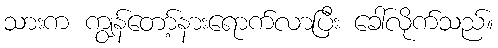
သားက ကျွန်တော့်နားရောက်လာပြီး ခေါ်လိုက်သည်။